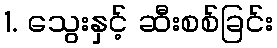
1. သွေးနှင့် ဆီးစစ်ခြင်း